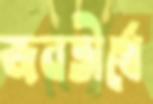
জনতীর্থে